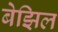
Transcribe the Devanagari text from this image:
बेझिल